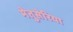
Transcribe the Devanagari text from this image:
मेतुसेरिया